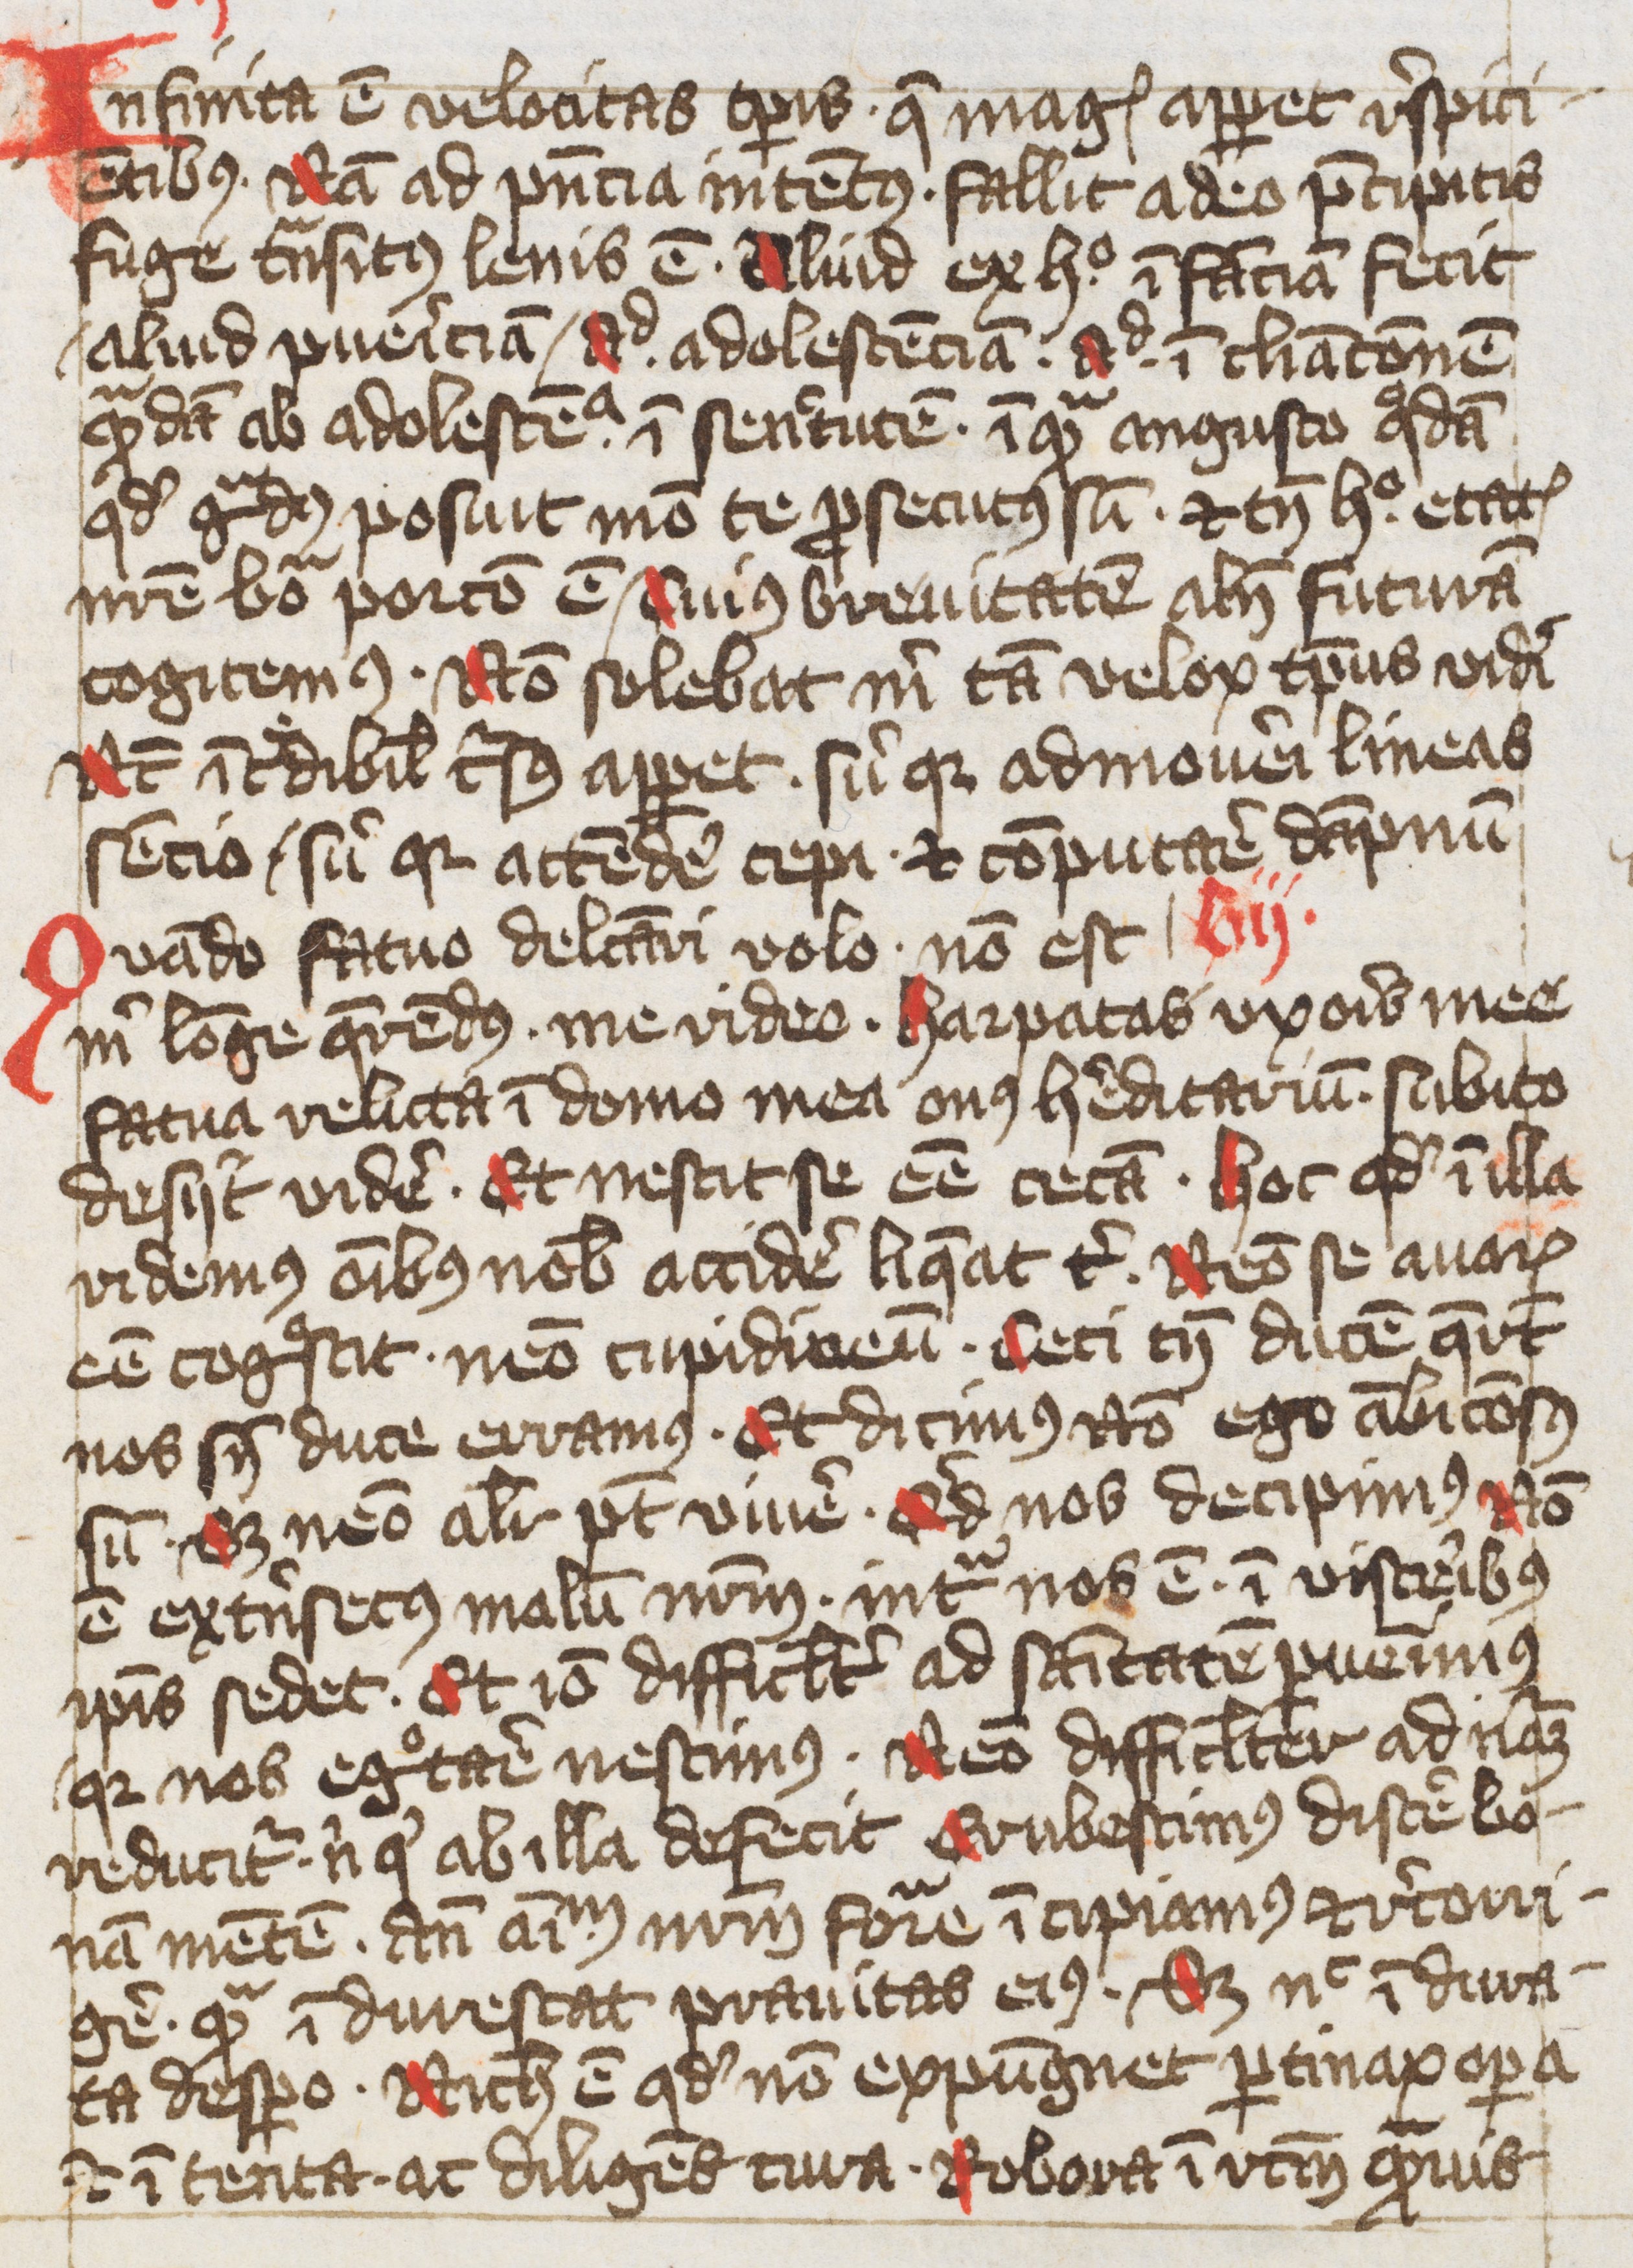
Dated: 1400–1499